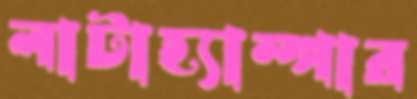
লাটাহ্যাম্পার